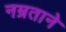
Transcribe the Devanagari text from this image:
नम्रताने